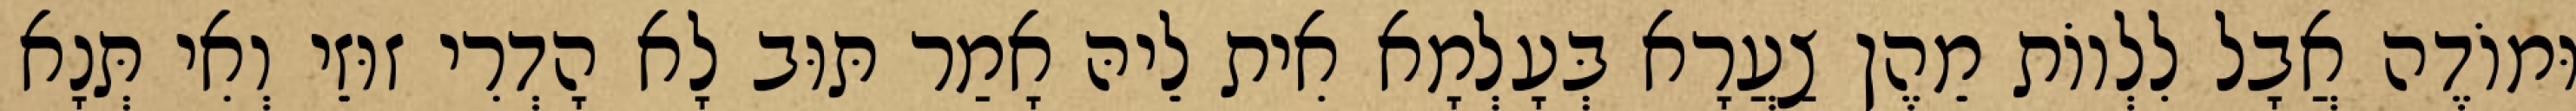
וּמוֹדֶה אֲבָל לִלְווֹת מֵהֶן צַעֲרָא בְּעָלְמָא אִית לֵיהּ אָמַר תּוּב לָא הָדְרִי זוּזֵי וְאִי תְּנָא